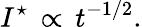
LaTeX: I^{\star}\, \propto\, t^{-1/2}.